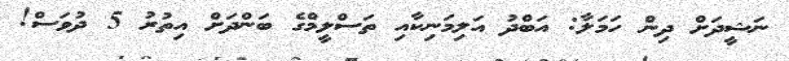
ނަޝީދަށް ދިން ހަމަލާ: އަބްދު އަލިމަނިކާއި ތަސްލީމްގެ ބަންދަށް އިތުރު 5 ދުވަސް!